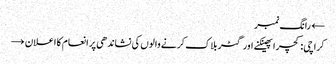
← رانگ نمبر
کراچی: کچرا پھینکنے اور گٹر بلاک کرنے والوں کی نشاندھی پر انعام کا اعلان →